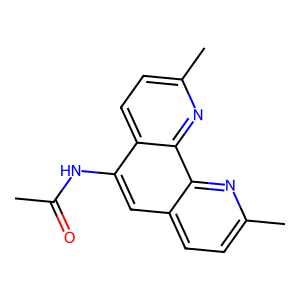
SMILES: CC(=O)Nc1cc2ccc(C)nc2c2nc(C)ccc12
Inhibits HIV replication: No